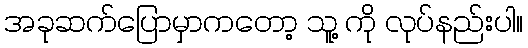
အခုဆက်ပြောမှာကတော့ သူ့ ကို လုပ်နည်းပါ။